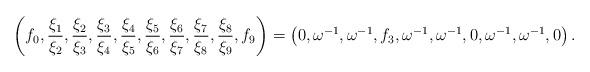
LaTeX: \begin{align*}\left(f_0,\frac{\xi _1}{\xi _2},\frac{\xi _2}{\xi _3},\frac{\xi _3}{\xi _4},\frac{\xi _4}{\xi _5},\frac{\xi _5}{\xi _6},\frac{\xi _6}{\xi _7},\frac{\xi _7}{\xi _8},\frac{\xi _8}{\xi _9},f_9\right) =\left(0,\omega^{-1},\omega^{-1}, f_3, \omega^{-1},\omega^{-1}, 0,\omega^{-1},\omega^{-1},0\right).\end{align*}